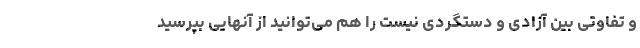
و تفاوتی بین آزادی و دستگردی نیست را هم می‌توانید از آنهایی بپرسید